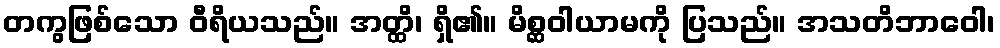
တကွဖြစ်သော ဝီရိယသည်။ အတ္ထိ၊ ရှိ၏။ မိစ္ဆဝါယာမကို ပြသည်။ အသတိဘာဝေါ၊